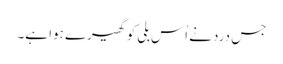
جس درد نے اُس بلی کو گھیرے ہوا ہے۔